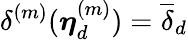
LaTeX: \delta^{(m)}(\boldsymbol{\eta}_{d}^{(m)})=\overline{{\delta}}_{d}